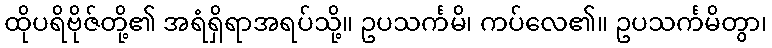
ထိုပရိဗိုဇ်တို့၏ အရံရှိရာအရပ်သို့။ ဥပသင်္ကမိ၊ ကပ်လေ၏။ ဥပသင်္ကမိတွာ၊